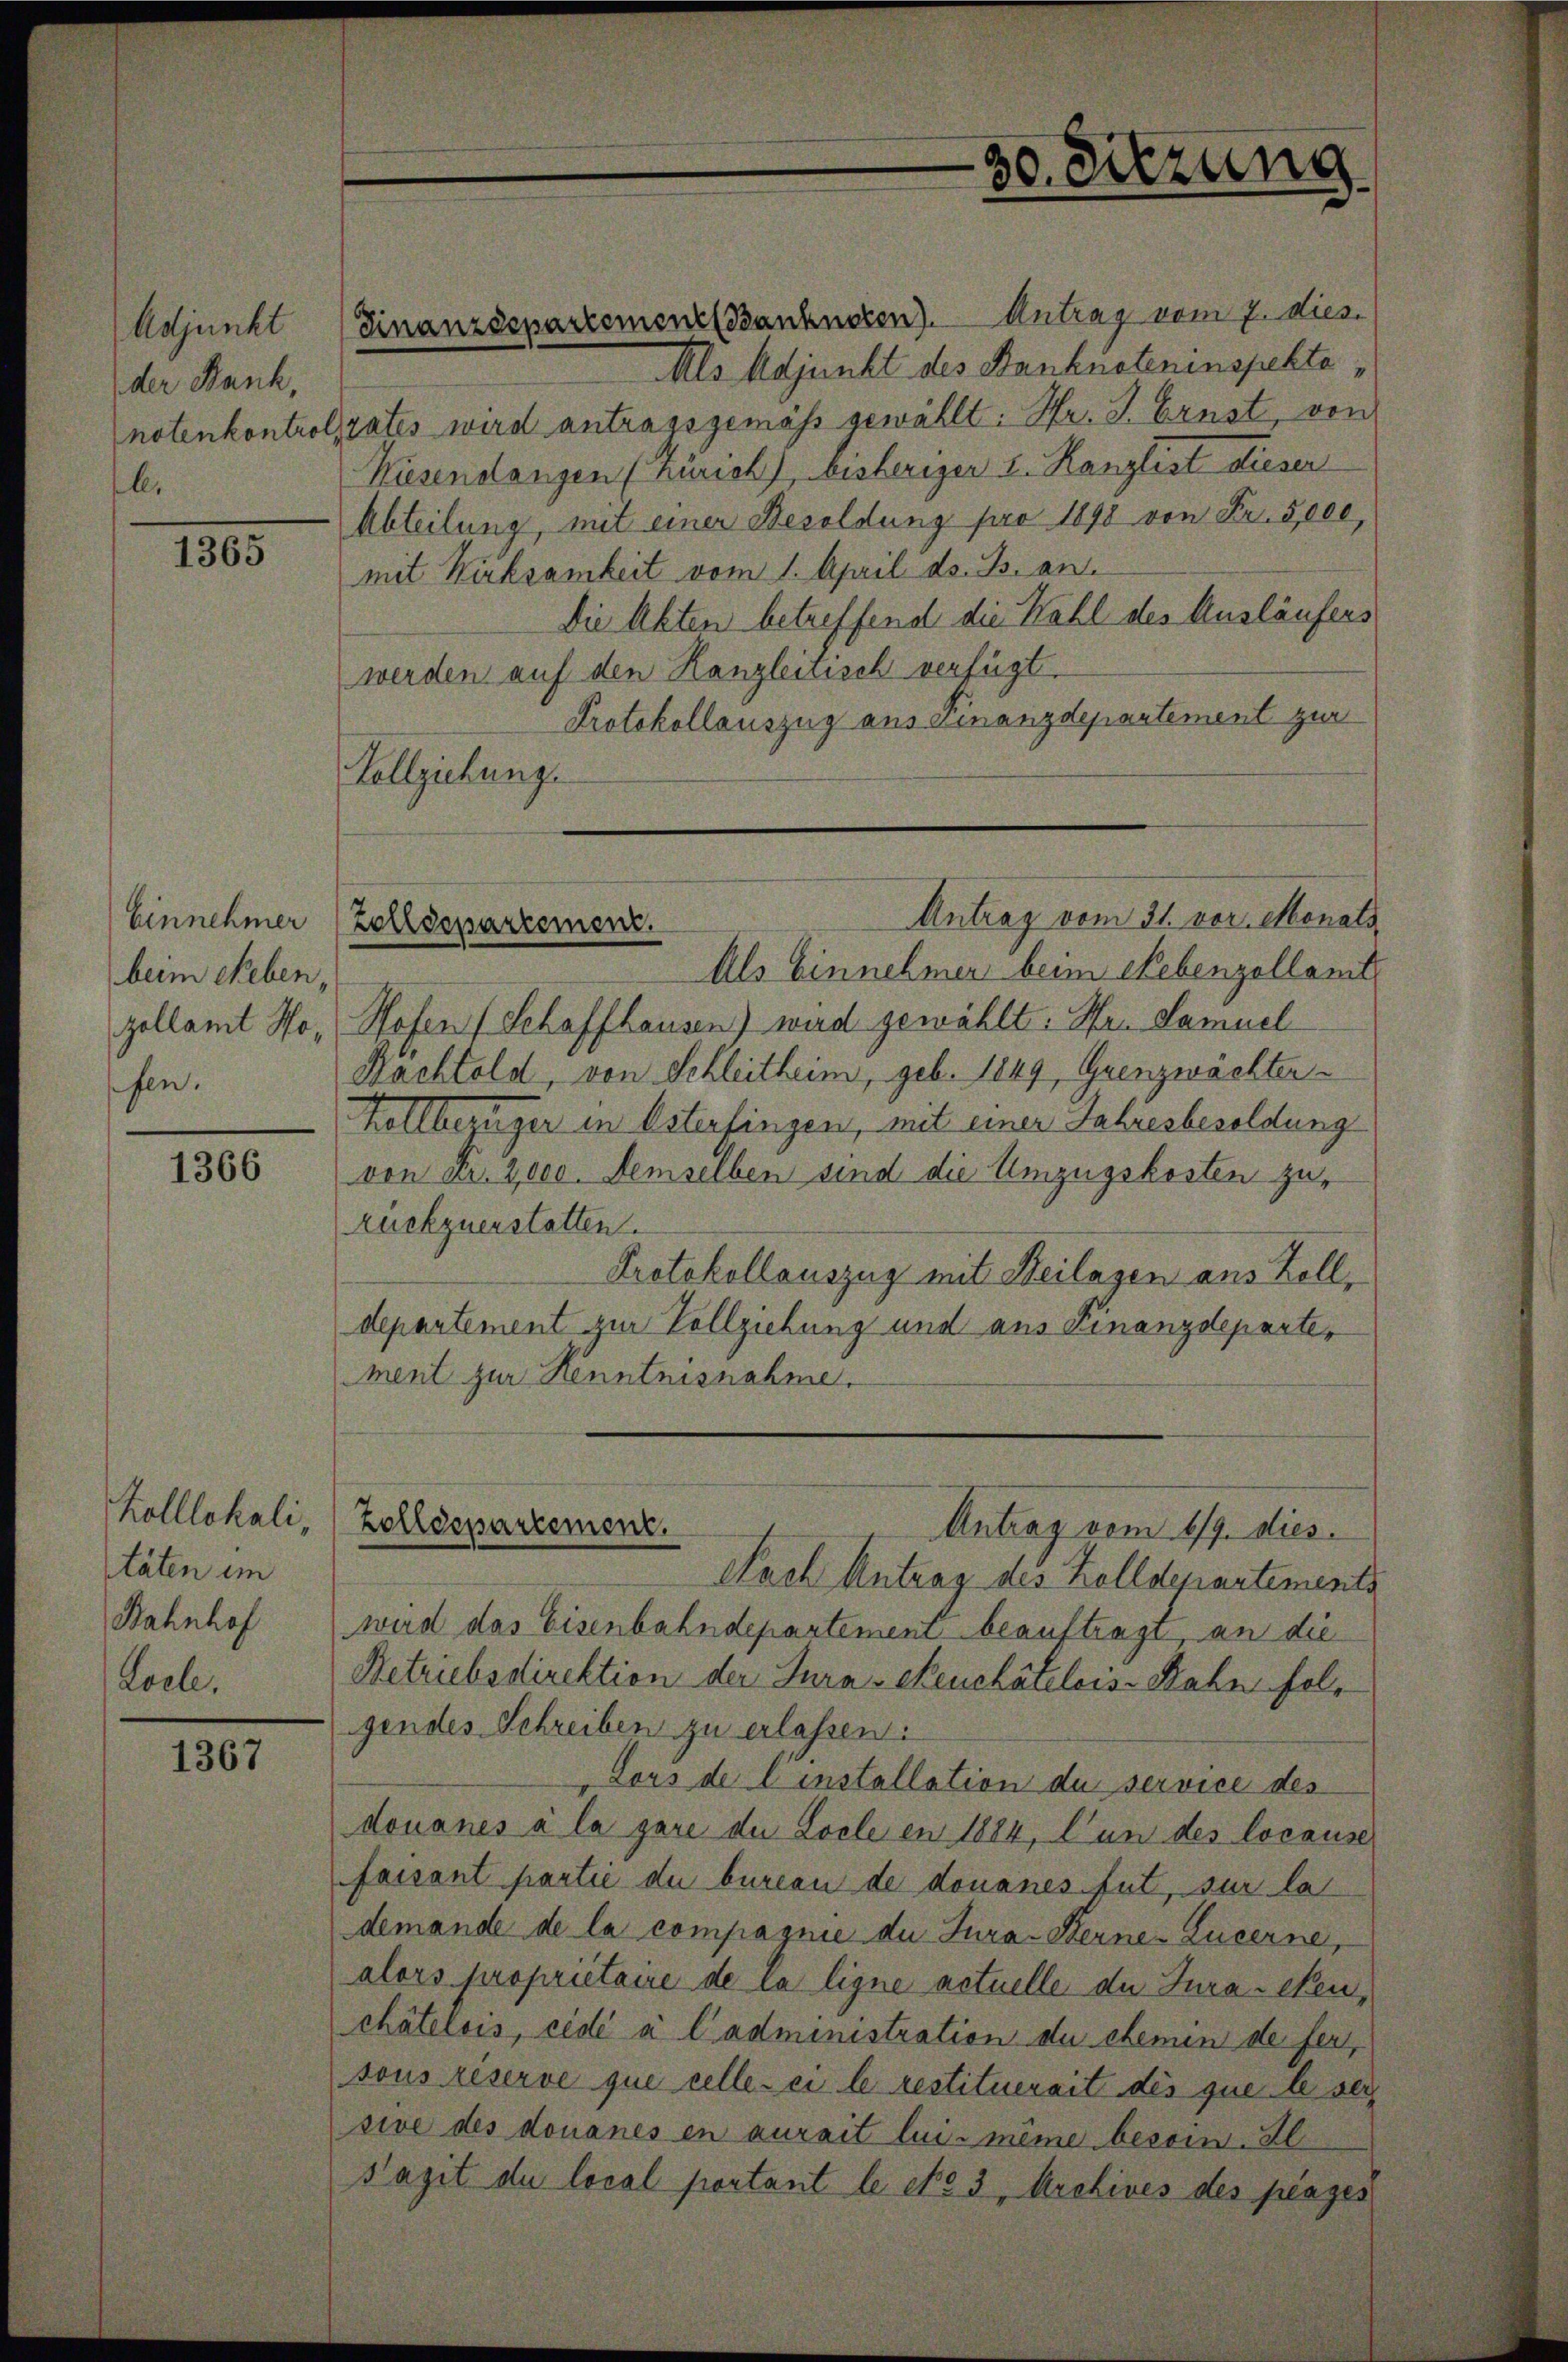
Adjunkt
der Bank,
notenkontrol
l.

1365

Einnehmer
beim Reben,
zollamt Hopfen.

1366

Kolllokali,
täten im
Bahnhof
Loele.

1367

30. Sitzung

werden auf den Kanzleitisch verfügt.
Protokollauszug aus einanzdepartement zur
Vollziehung.

Zolldepartement.
Antrag vom 1/9. dies

Finanzdepartement Banknoten). Antrag vom 7. Dies
Als Adjunkt des Banknoteninspektarates wird antragsgemäss gewählt: Hr. J. Ernst, von
Wiesenstangen (Zürich), bisheriger L. Kanzlist dieser
Abteilung, mit einer Besoldung pro 1890 von Fr. 5,000,
mit Wirksamkeit vom 1. April ds. B. an.
Die Akten betreffend die Kahl des Ausläufers
Antrag vom 31. vor. Monats
Zolldepartement.
Als Einnehmen beim Nebenzollamte
Hofen (Schaffhausen) wird gewählt: Hr. Samuel
Rächtold, von Schleitheim, geb. 1849, Grenzwachter¬
Kollbezüger in Osterfingen, mit einer Jahresbesoldung
von Fr. 2,000. Demselben sind die Umzugskosten zurückzuerstatten.
Protokollauszug mit Beilagen aus Zolldepartement zur Vollziehung und aus Finanzdepartement zur Kenntnisnahme.

Nach Antrag des Zolldepartements
wird das Eisenbahndepartement beauftragt, an die
Betriebsdirektion der Jura-Seuchâtelois Bahn folgendes Schreiben zu erlassen.
Lors de l’installation de service des
douanes à la gare die Locle en 1884, Cun des locause
faisant partie du bureau de donanes tut, sur la
demande de la compagnie du Jura - Berne-Lucerne,
alors propriétaire de la ligne actuelle du Juracken,
châtelois, cédé à l’administration du chemin de fer
sous réserve que celle ei le restituerait des que le sei
sive des donanes en aurait lui-même besoin. Al
Pazit de local portant le to 3, Archives des plages